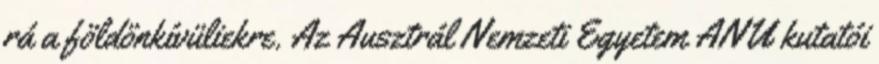
rá a földönkívüliekre. Az Ausztrál Nemzeti Egyetem ANU kutatói